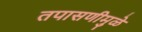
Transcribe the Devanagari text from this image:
तपासणीमुळे